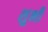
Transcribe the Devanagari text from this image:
शुभी